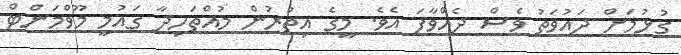
ގުޅުމަށް ދައުވަތު ވެސް ދެއްވާފަ އެވެ. މީގެ އިތުރުން މުއްތަހިދާ ގައުމީ މޫވްމަންޓް